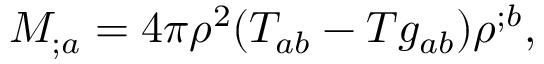
M _ { ; a } = 4 \pi \rho ^ { 2 } ( T _ { a b } - T g _ { a b } ) \rho ^ { ; b } ,